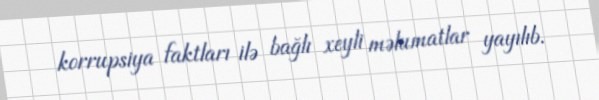
korrupsiya faktları ilə bağlı xeyli məlumatlar yayılıb.